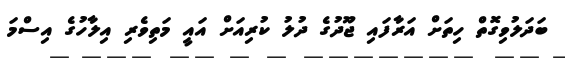
ބަދަލުވިގޮތް ހިތަށް އަރާފައި ޖޫދުގެ ދުލު ކުރިއަށް އައީ މަތިވެރި އިލާހުގެ އިސްމަ